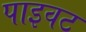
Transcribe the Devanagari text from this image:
पाइवट